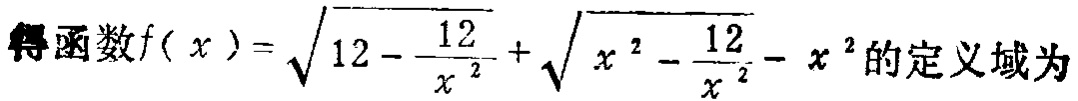
得函数\(f(x)=\sqrt{12 - \frac{12}{x^{2}}}+\sqrt{x^{2}-\frac{12}{x^{2}}}-x^{2}\)的定义域为